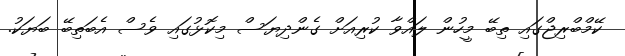
ކޭމްބްރިޖްގައި ތިބޭ މީހުން ލައްވާ ކުރިއަށް ގެންދިޔަސް މިކޮޅުގައި ވެސް އެބަތިބޭ ބަޔަކު.